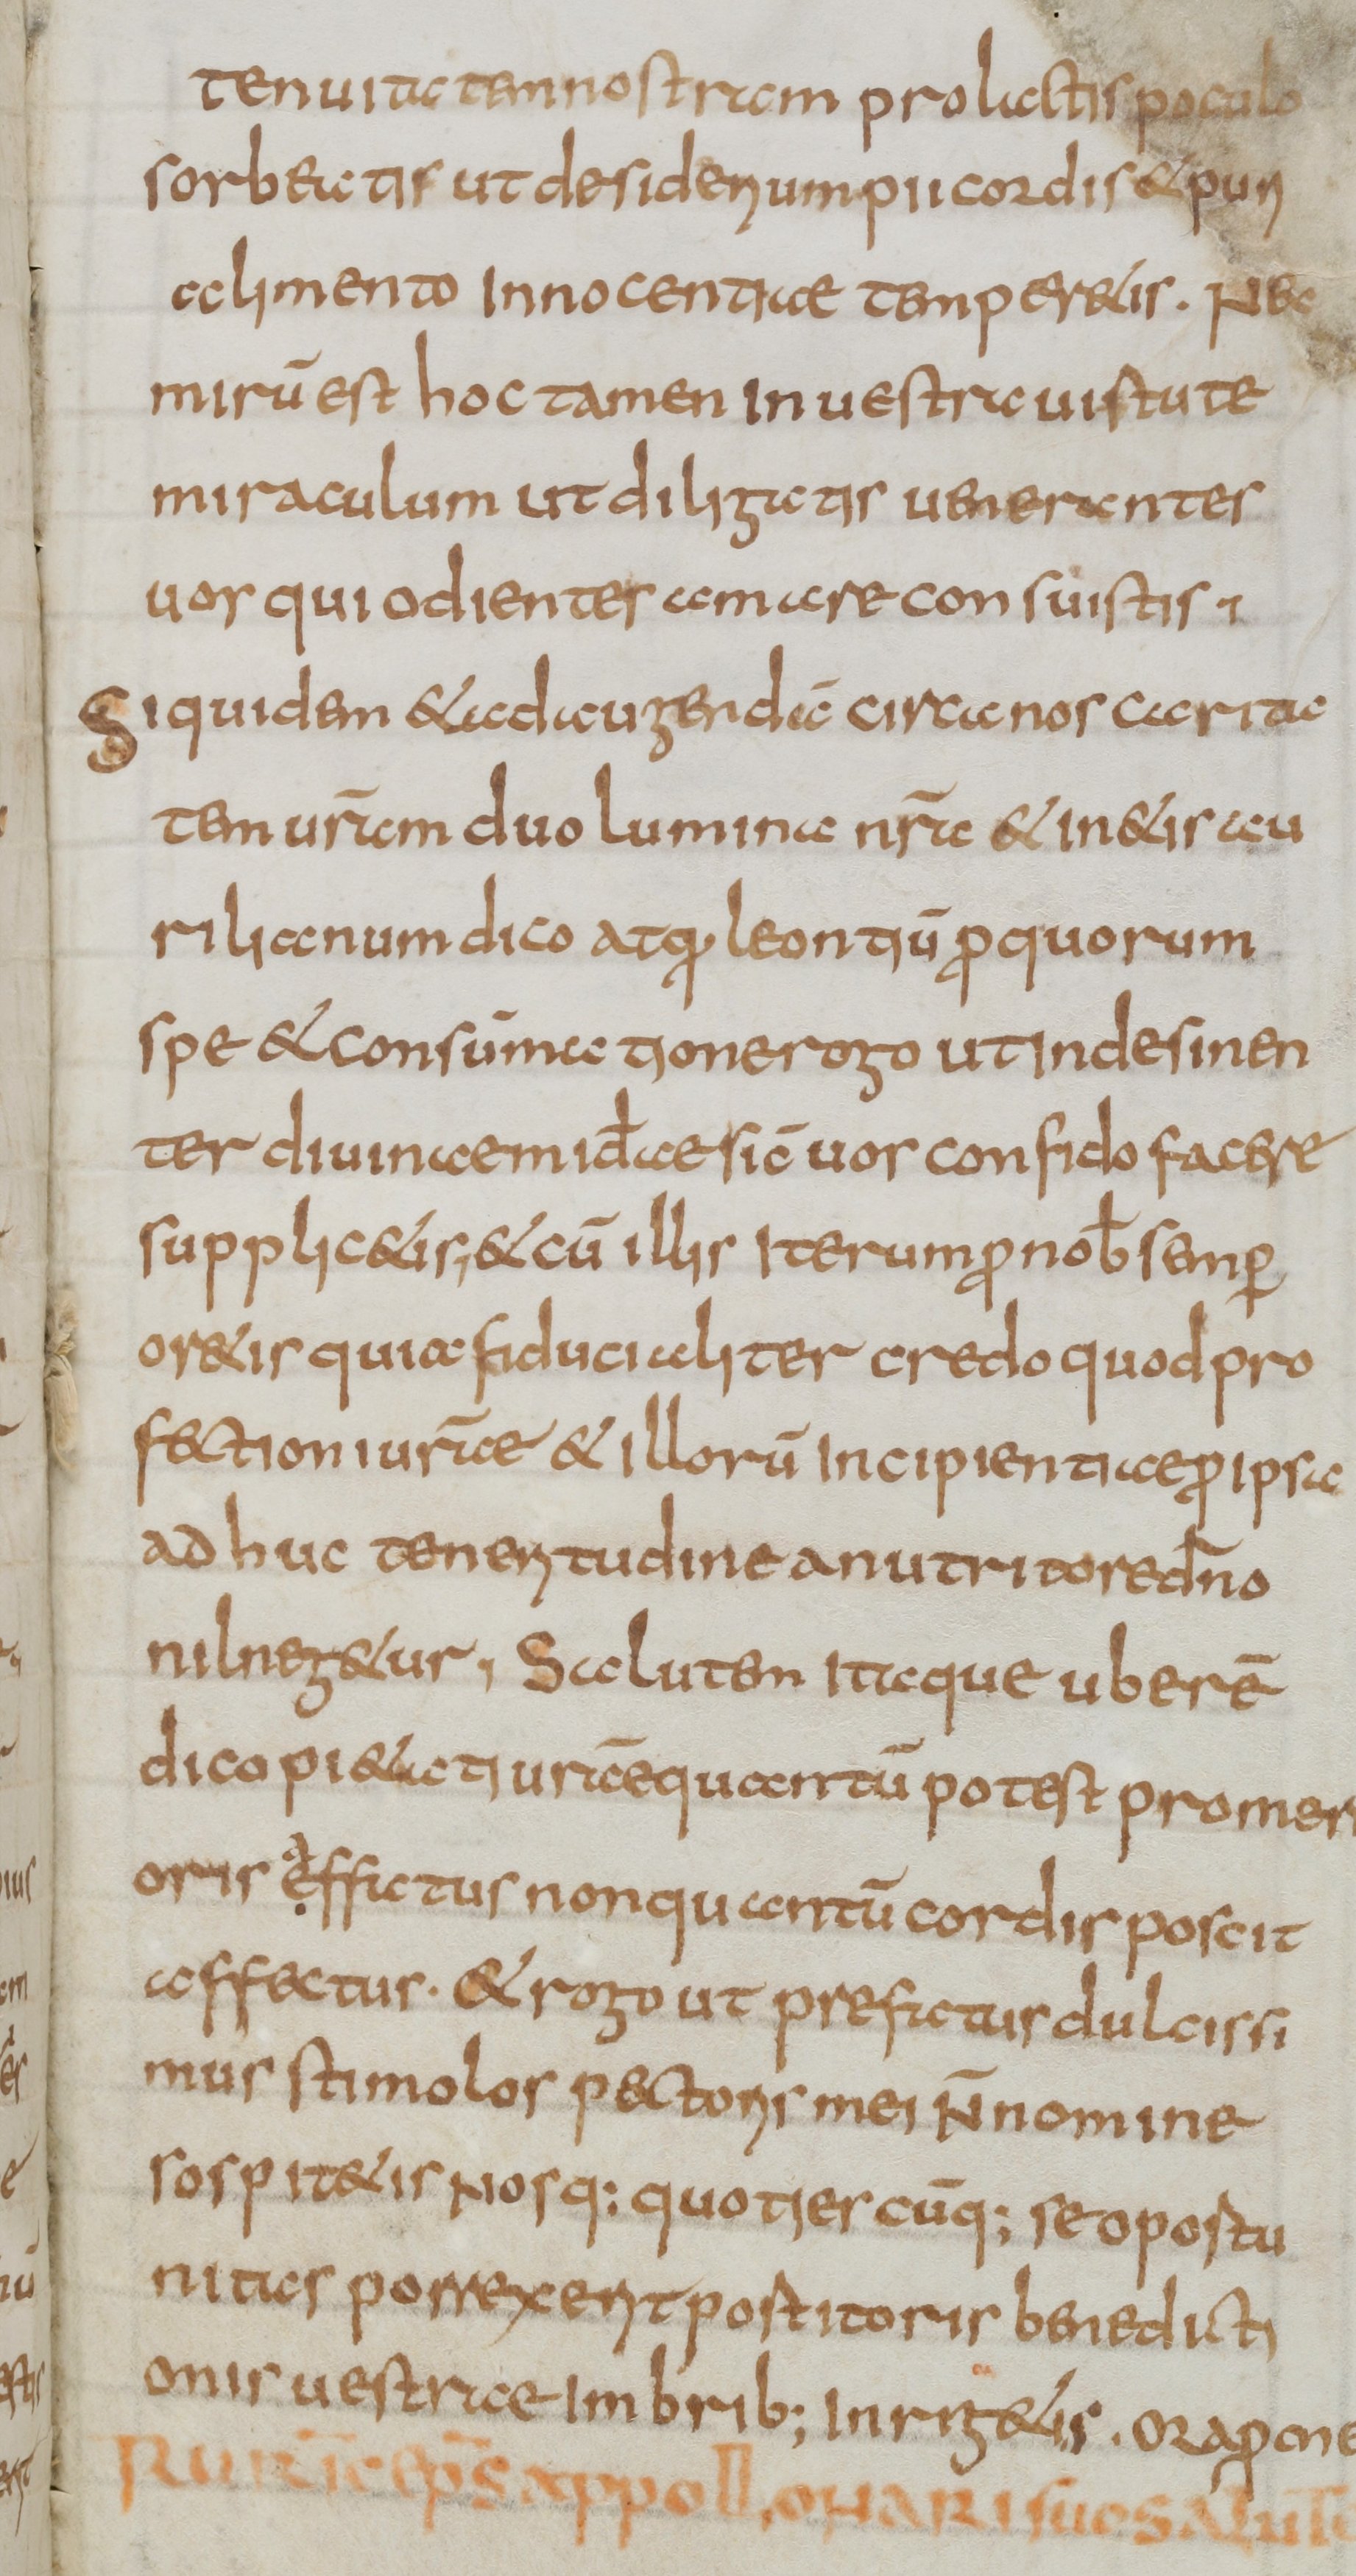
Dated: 800–899